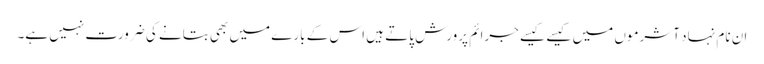
ان نام نہاد آشرموں میں کیسے کیسے جرائم پرورش پاتے ہیں اس کے بارے میں بھی بتانے کی ضرورت نہیں ہے۔